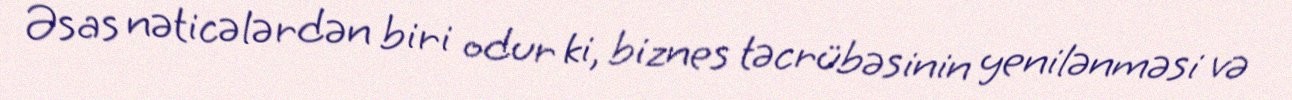
Əsas nəticələrdən biri odur ki, biznes təcrübəsinin yenilənməsi və